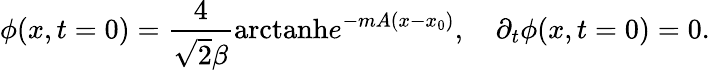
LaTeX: \phi(x,t=0)={\frac{4}{\sqrt 2\beta}}\mathrm{arctanh}e^{-mA(x-x_{0})},\quad\partial_{t}\phi(x,t=0)=0.